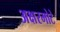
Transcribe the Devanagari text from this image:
अक्षरमोटे